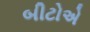
બીટોએ